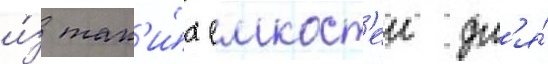
и́з так'и́х емкост'еи дл'я́